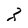
Character: z